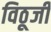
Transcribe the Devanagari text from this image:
विठूजी